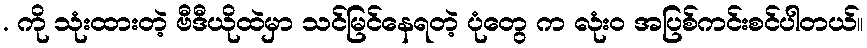
. ကို သုံးထားတဲ့ ဗီဒီယိုထဲမှာ သင်မြင်နေရတဲ့ ပုံတွေ က လုံးဝ အပြစ်ကင်းစင်ပါတယ်။